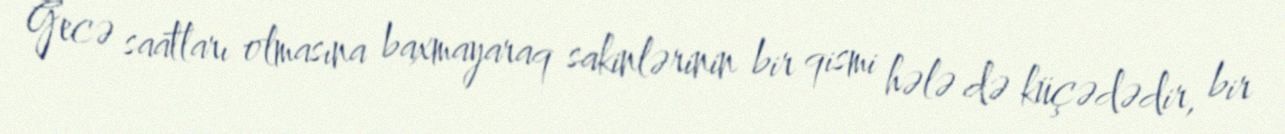
Gecə saatları olmasına baxmayaraq sakinlərinin bir qismi hələ də küçədədir, bir